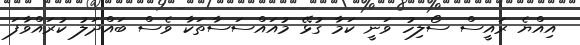
އިއްޔެ ރައީސް ސޯލިހު ވަނީ ކަމާ ގުޅޭ މުއައްސަސާތަކާ ވެސް ބައްދަލު ކުރައްވާފަ